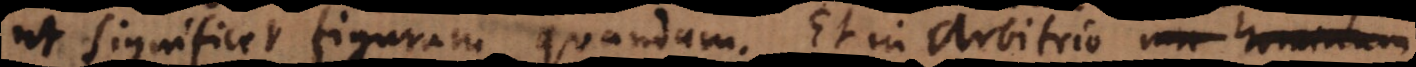
ut significet figuram quandam. Et in arbitrio non hominum